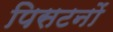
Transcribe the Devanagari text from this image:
पिसटनों